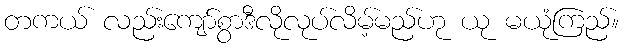
တကယ် လည်းကျော်စွာဒီလိုလုပ်လိမ့်မည်ဟု ယု မယုံကြည်။